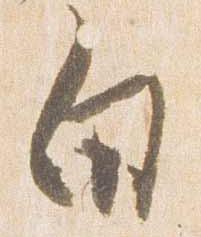
白